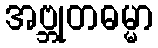
အဗ္ဘုတဓမ္မာ